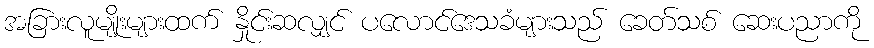
အခြားလူမျိုးများထက် နှိုင်းဆလျှင် ပလောင်ဒေသခံများသည် ခေတ်သစ် ဆေးပညာကို